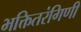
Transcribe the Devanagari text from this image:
भक्तितरंगिणी